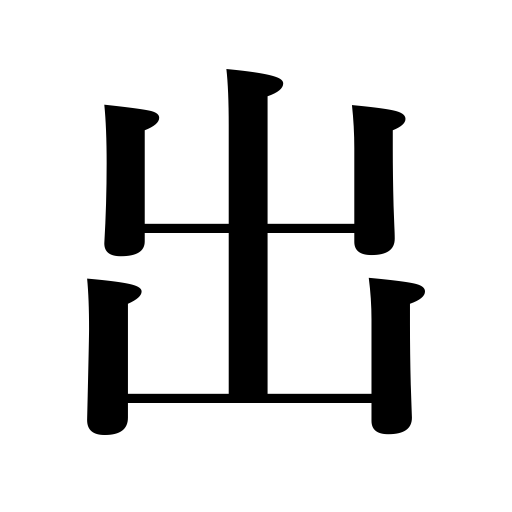
Meanings: invest,extend,be produced,submit,born of,find oneself at,pull out,save from a fire,appear,stick out,be found,leave,be served meals,send,advance money,haunt,be traced to,attend,exceed,publish,get out,run for an office,issue from,hang out,put out,exhibit,stretch out,emerge,participate,enter,go out,send in,intrude,infest,take out,forward,bare,run extra trains,depart,serve,produce,contribute,come out as a result,sell,interfere,lead to,be published,originate,come out,hoist a flag,appearing from,get back,launch into,post,break out,pay,stem from,graduate,expose,be raised,present,going out,work at,sending out,tender,derive from,protrude,draw a gun